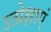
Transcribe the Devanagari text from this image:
उत्प्रेक्षाएं